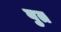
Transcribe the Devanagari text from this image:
वुत